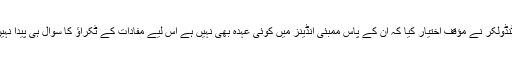
سچن ٹنڈولکر نے مؤقف اختیار کیا کہ ان کے پاس ممبئی انڈینز میں کوئی عہدہ بھی نہیں ہے اس لیے مفادات کے ٹکراؤ کا سوال ہی پیدا نہیں ہوتا۔